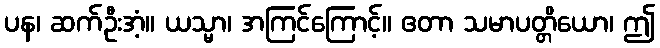
ပန၊ ဆက်ဦးအံ့။ ယသ္မာ၊ အကြင်ကြောင့်။ ဧတာ သမာပတ္တိယော၊ ဤ